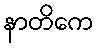
နာတိကေ